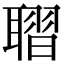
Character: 𦗗